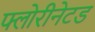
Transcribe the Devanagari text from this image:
फ्लोरीनेटड